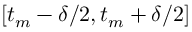
[ t _ { m } - \delta / 2 , t _ { m } + \delta / 2 ]